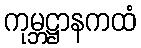
ကုမ္ဘဋ္ဌာနကထံ